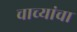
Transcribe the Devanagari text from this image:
चाच्यांचा